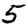
Digit: 5